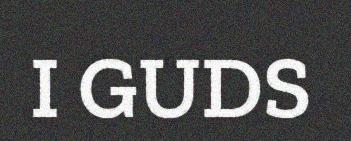
I GUDS